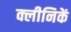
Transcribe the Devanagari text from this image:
क्लीनिकें